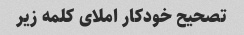
تصحیح خودکار املای کلمه زیر